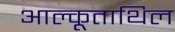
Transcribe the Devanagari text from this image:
आल्कूताथिल